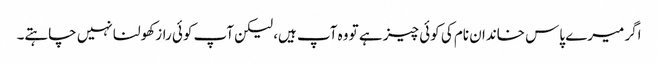
اگر میرے پاس خاندان نام کی کوئی چیز ہے تو وہ آپ ہیں، لیکن آپ کوئی راز کھولنا نہیں چاہتے۔